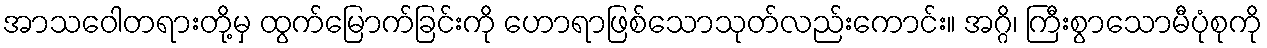
အာသဝေါတရားတို့မှ ထွက်မြောက်ခြင်းကို ဟောရာဖြစ်သောသုတ်လည်းကောင်း။ အဂ္ဂိ၊ ကြီးစွာသောမီပုံစုကို